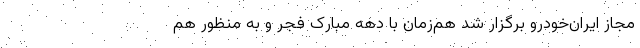
مجاز ایران‌خودرو برگزار شد هم‌زمان با دهه مبارک فجر و به منظور هم